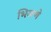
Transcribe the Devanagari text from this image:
भिजणे